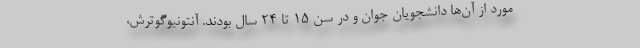
مورد از آن‌ها دانشجویان جوان و در سن ۱۵ تا ۲۴ سال بودند. آنتونیوگوترش،